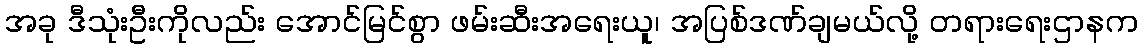
အခု ဒီသုံးဦးကိုလည်း အောင်မြင်စွာ ဖမ်းဆီးအရေးယူ၊ အပြစ်ဒဏ်ချမယ်လို့ တရားရေးဌာနက